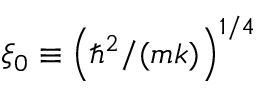
\xi _ { 0 } \equiv \left( \hbar ^ { 2 } / ( m k ) \right) ^ { 1 / 4 }